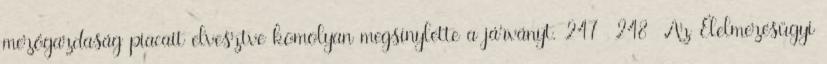
mezőgazdaság piacait elvesztve komolyan megsínylette a járványt. 247 248 Az Élelmezésügyi